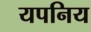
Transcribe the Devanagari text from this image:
यपनिय